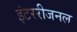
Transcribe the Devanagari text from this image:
इंटररीजनल